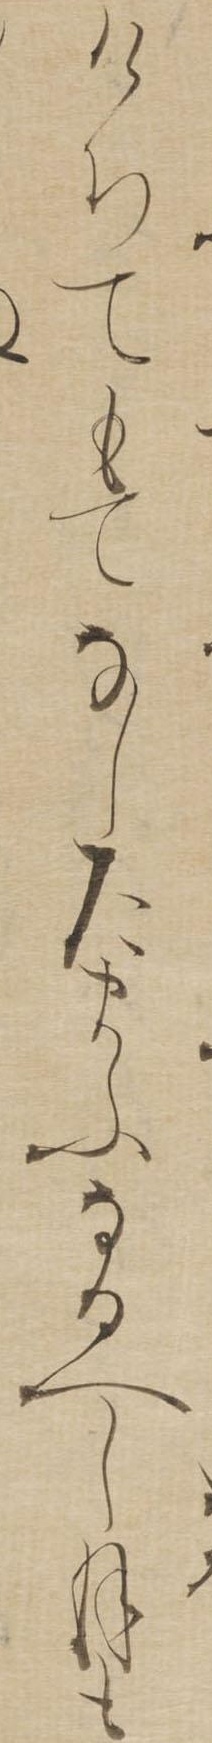
けちてもてなしたまふなるへし月も